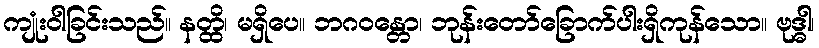
ကျုံးဝါခြင်းသည်။ နတ္ထိ၊ မရှိပေ။ ဘဂဝန္တော၊ ဘုန်းတော်ခြောက်ပါးရှိကုန်သော။ ဗုဒ္ဓါ၊